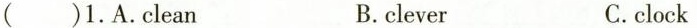
( )1.A.Clean B.clever C.clock